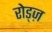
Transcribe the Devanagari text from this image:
रोड्ज़